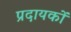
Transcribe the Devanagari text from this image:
प्रदायकों